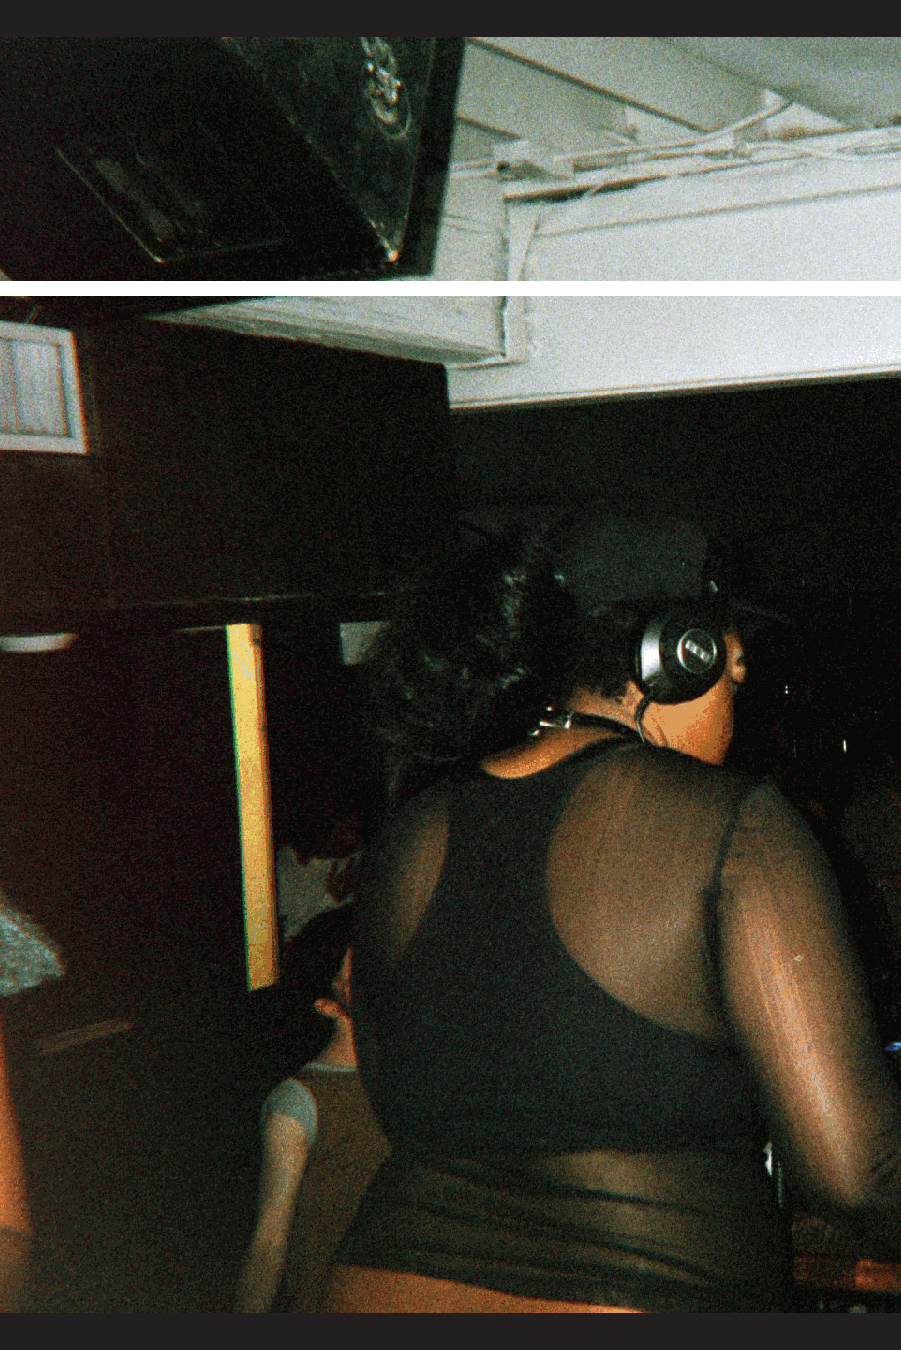
MIXPAK         x TRYNA        FUNCTION:
 THE         LARGE
 FLORENTINO
 HOOD            CELEBRITYY
 MA        NGUZU
 UNIIQUE
 JUBILEE
 03.26.16   // SUNNYVALE      BROOKLYN